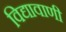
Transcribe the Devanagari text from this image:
विद्यावाणी